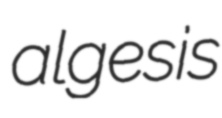
algesis